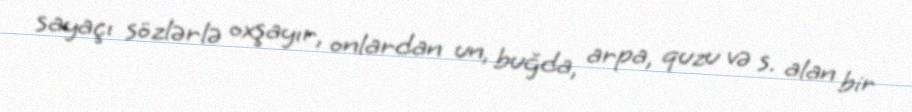
sayaçı sözlərlə oxşayır, onlardan un, buğda, arpa, quzu və s. alan bir